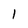
Character: 1